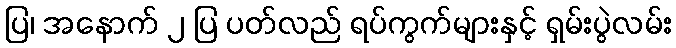
ပြ၊ အနောက် ၂ ပြ ပတ်လည် ရပ်ကွက်များနှင့် ရှမ်းပွဲလမ်း